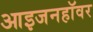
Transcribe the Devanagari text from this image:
आइजनहॉवर